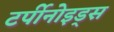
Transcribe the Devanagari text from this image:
टर्पीनोइड्स